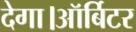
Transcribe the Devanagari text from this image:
देगा।ऑर्बिटर